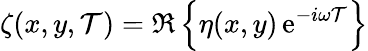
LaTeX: \zeta(x,y,\mathcal{T})=\Re\left\{ \eta(x,y)\, {\mathrm{{e}}}^{-i\omega\mathcal{T}}\right\}